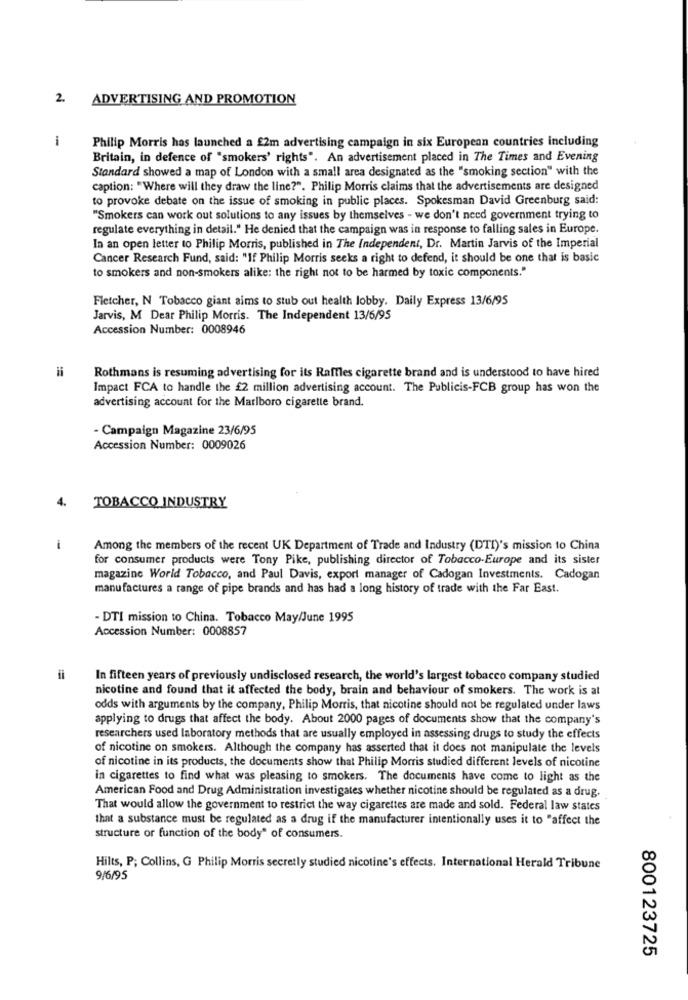
2.
ADVERTISING AND PROMOTION
i
Philip Morris has launched a £2m advertising campaign in six European countries including
Britain, in defence of "smokers' rights". An advertisement placed in The Times and Evening
Standard showed a map of London with a small area designated as the "smoking section" with the
caption: "Where will they draw the line?". Philip Morris claims that the advertisements are designed
to provoke debate on the issue of smoking in public places. Spokesman David Greenburg said:
"Smokers can work out solutions to any issues by themselves - we don't need government trying to
regulate everything in detail." He denied that the campaign was in response to falling sales in Europe.
In an open letter to Philip Morris, published in The Independent, Dr. Martin Jarvis of the Imperial
Cancer Research Fund, said: "If Philip Morris seeks a right to defend, it should be one that is basic
to smokers and non-smokers alike: the right not to be harmed by toxic components."
Fletcher, N Tobacco giant aims to stub out health lobby. Daily Express 13/6/95
Jarvis, M Dear Philip Morris. The Independent 13/6/95
Accession Number: 0008946
=
Rothmans is resuming advertising for its Raffles cigarette brand and is understood to have hired
Impact FCA to handle the £2 million advertising account. The Publicis-FCB group has won the
advertising account for the Marlboro cigarette brand.
- Campaign Magazine 23/6/95
Accession Number: 0009026
4.
TOBACCO INDUSTRY
i
Among the members of the recent UK Department of Trade and Industry (DTI)'s mission to China
for consumer products were Tony Pike, publishing director of Tobacco-Europe and its sister
magazine World Tobacco, and Paul Davis, export manager of Cadogan Investments. Cadogan
manufactures a range of pipe brands and has had a long history of trade with the Far East.
- DTI mission to China. Tobacco May/June 1995
Accession Number: 0008857
il
In fifteen years of previously undisclosed research, the world's largest tobacco company studied
nicotine and found that it affected the body, brain and behaviour of smokers. The work is at
odds with arguments by the company, Philip Morris, that nicotine should not be regulated under laws
applying to drugs that affect the body. About 2000 pages of documents show that the company's
researchers used laboratory methods that are usually employed in assessing drugs to study the effects
of nicotine on smokers. Although the company has asserted that it does not manipulate the levels
of nicotine in its products, the documents show that Philip Morris studied different levels of nicotine
in cigarettes to find what was pleasing to smokers. The documents have come to light as the
American Food and Drug Administration investigates whether nicotine should be regulated as a drug.
That would allow the government to restrict the way cigarettes are made and sold. Federal law states
that a substance must be regulated as a drug if the manufacturer intentionally uses it to "affect the
structure or function of the body" of consumers.
Hilts, P; Collins, G Philip Morris secretly studied nicotine's effects. International Herald Tribune
9/6/95
800123725